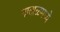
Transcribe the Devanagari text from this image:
नाताळमध्ये